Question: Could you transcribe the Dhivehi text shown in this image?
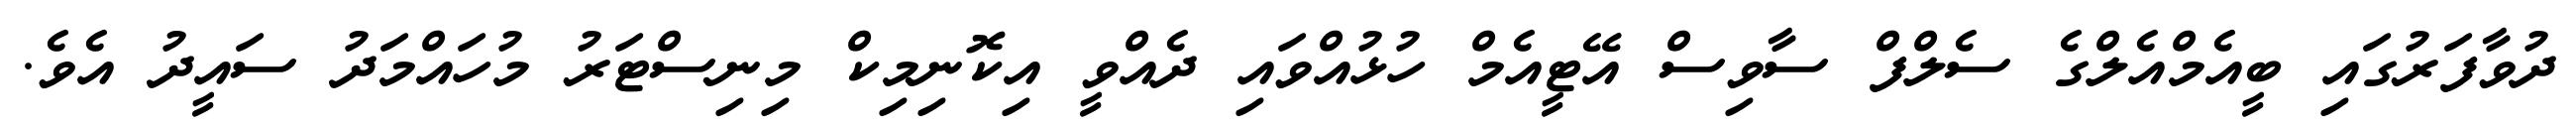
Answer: ދުވާފަރުގައި ބީއެމްއެލްގެ ސެލްފް ސާވިސް އޭޓީއެމް ހުޅުއްވައި ދެއްވީ އިކޮނިމިކް މިނިސްޓަރު މުހައްމަދު ސައީދު އެވެ.